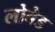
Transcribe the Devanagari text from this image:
लोबेड